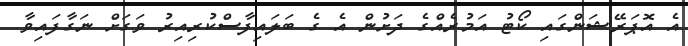
އެ އޮޕަރޭޝަންގައި ކޯޓު އަމުރެއްގެ ދަށުން އެ ގެ ބަލައިފާސްކުރިއިރު ވަގަށް ނަގާފައިވާ